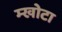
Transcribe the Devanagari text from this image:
म्खोटा